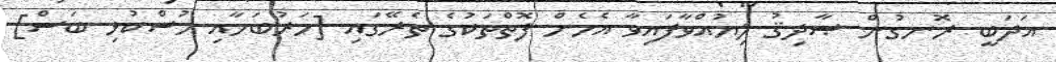
އަދަބީ ރޮނގުން ޞާދިޤު ލިޔުއްވާފައިވާ އެހެން ފޮތްތަކުގެ ތެރޭގައި [ހަރުބަހާއި މުސްކުޅި ބަސް]